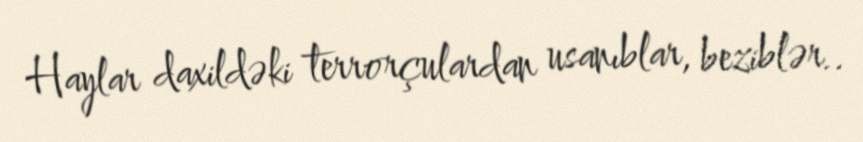
Haylar daxildəki terrorçulardan usanıblar, beziblər..